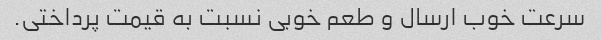
سرعت خوب ارسال و طعم خوبی نسبت به قیمت پرداختی.